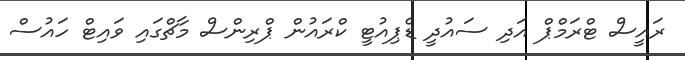
ރައީސް ޓްރަމްޕް އަދި ސައުދީ ޑެޕިއުޓީ ކްރައުން ޕްރިންސް މާޗްގައި ވައިޓް ހައުސް